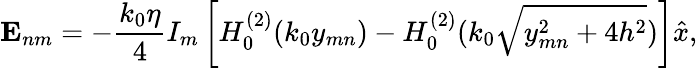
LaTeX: \mathbf{E}_{nm}=-\frac{k_{0}\eta}{4}I_{m}\left[H_{0}^{(2)}(k_{0}y_{mn})-H_{0}^{(2)}(k_{0}\sqrt{y_{mn}^{2}+4h^{2}})\right]\hat{x},